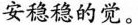
安稳稳的觉。